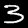
Label: 3